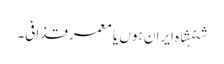
شنہشاہ ایران ہوں یا معمر قذافی۔